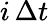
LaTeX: i\, \Delta t